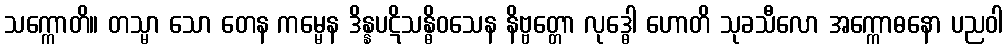
သက္ကောတိ။ တသ္မာ သော တေန ကမ္မေန ဒိန္နပဋိသန္ဓိဝသေန နိဗ္ဗတ္တော လုဒ္ဓေါ ဟောတိ သုခသီလော အက္ကောဓနော ပညဝါ